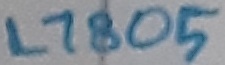
Text: L7805